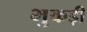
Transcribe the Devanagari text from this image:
भुकड़ी